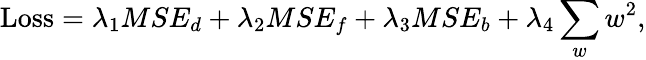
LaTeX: \operatorname{Loss}=\lambda_{1}MSE_{d}+\lambda_{2}MSE_{f}+\lambda_{3}MSE_{b}+\lambda_{4}\sum_{w}w^{2},